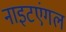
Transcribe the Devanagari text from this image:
नाइटएंगल